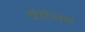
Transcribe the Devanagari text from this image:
ग्रीन्विच